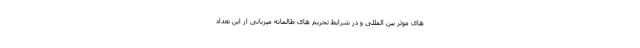
های موثر بین المللی و در شرایط تحریم های ظالمانه میزبانی از این تعداد